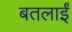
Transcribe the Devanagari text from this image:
बतलाईं